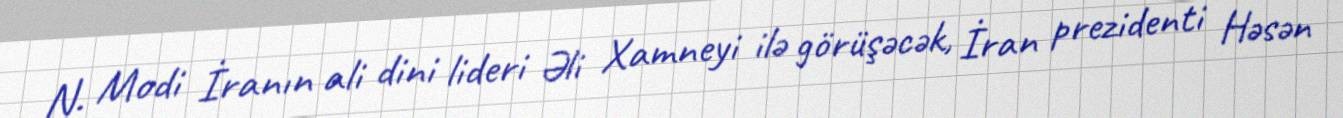
N. Modi İranın ali dini lideri Əli Xamneyi ilə görüşəcək, İran prezidenti Həsən